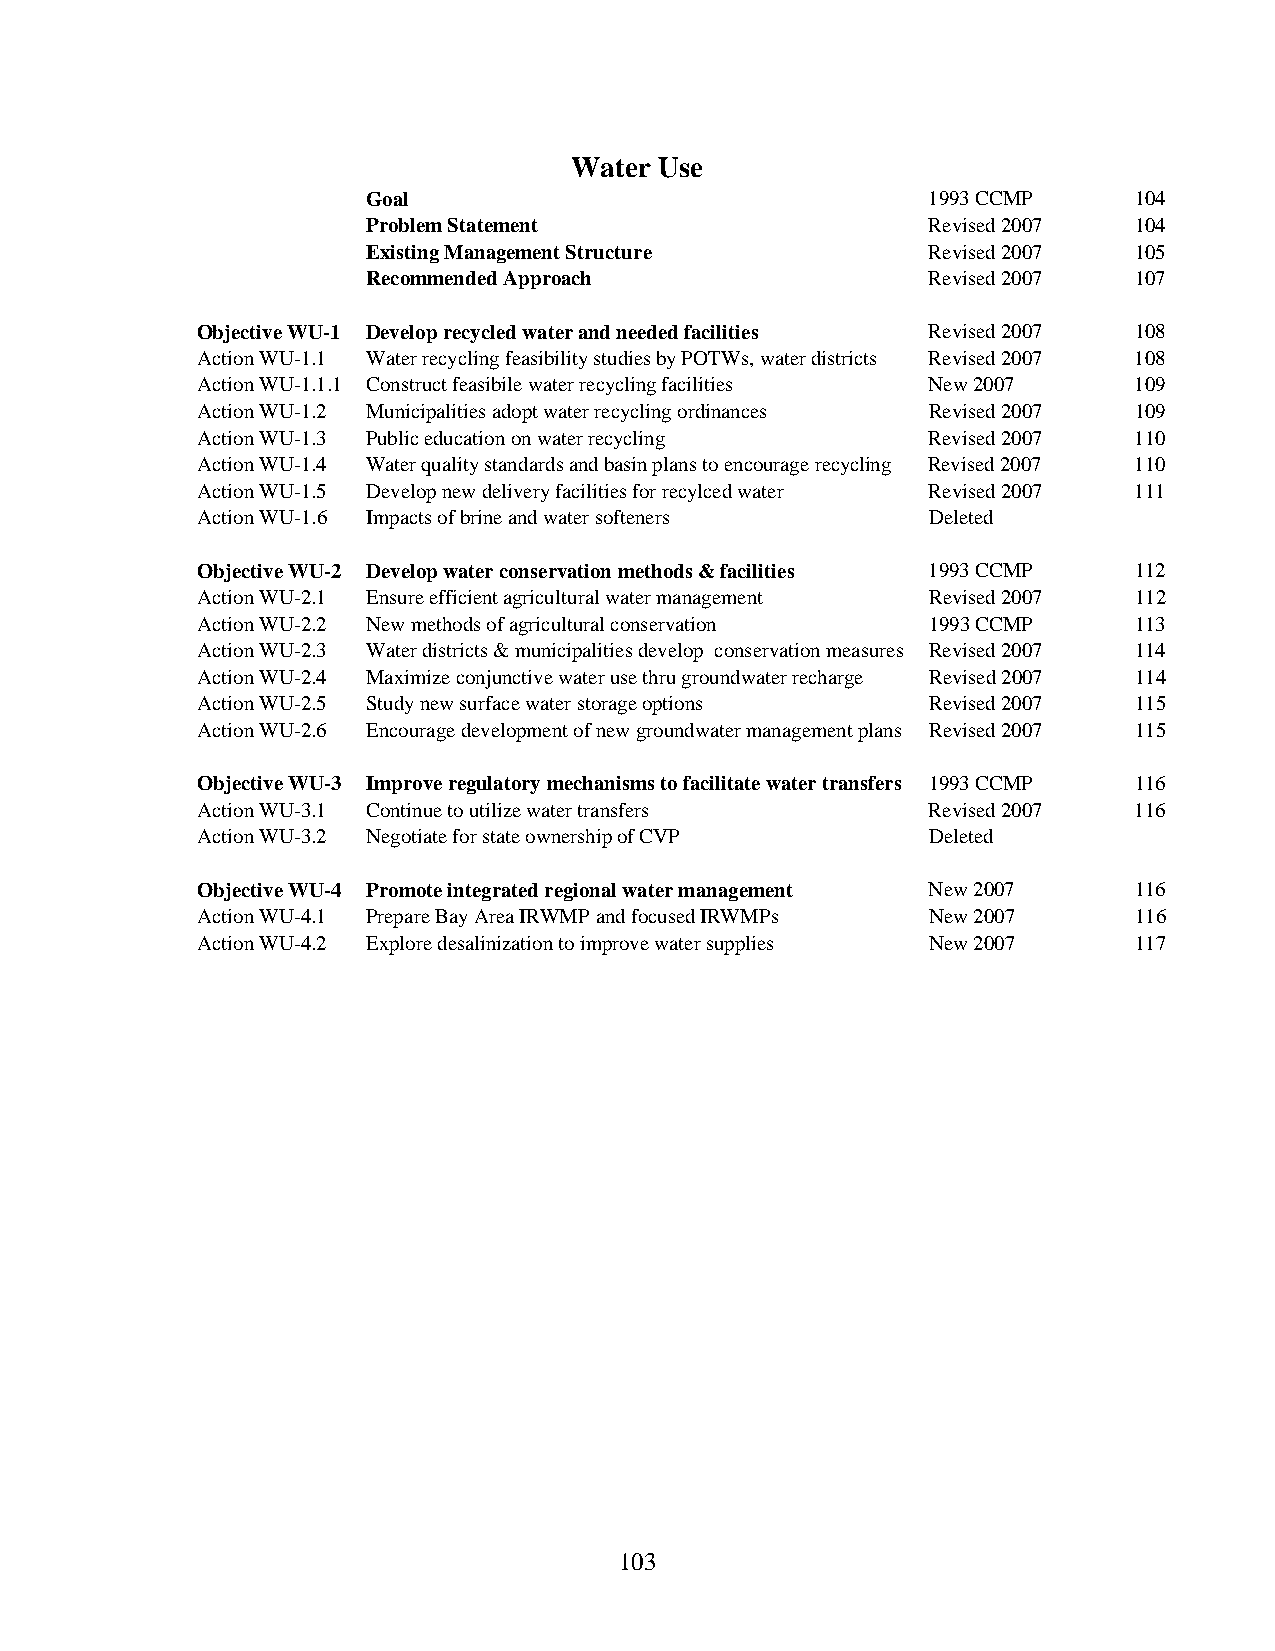
Water Use
 Goal                                 1993 CCMP     104
 Problem Statement                    Revised 2007  104
 Existing Management Structure        Revised 2007  105
 Recommended Approach                 Revised 2007  107
 Objective WU-1 Develop recycled water and needed facilities Revised 2007 108
 Action WU-1.1 Water recycling feasibility studies by POTWs, water districts Revised 2007 108
 Action WU-1.1.1 Construct feasibile water recycling facilities New 2007 109
 Action WU-1.2 Municipalities adopt water recycling ordinances Revised 2007 109
 Action WU-1.3 Public education on water recycling Revised 2007 110
 Action WU-1.4 Water quality standards and basin plans to encourage recycling Revised 2007 110
 Action WU-1.5 Develop new delivery facilities for recylced water Revised 2007 111
 Action WU-1.6 Impacts of brine and water softeners Deleted
 Objective WU-2 Develop water conservation methods & facilities 1993 CCMP 112
 Action WU-2.1 Ensure efficient agricultural water management Revised 2007 112
 Action WU-2.2 New methods of agricultural conservation 1993 CCMP 113
 Action WU-2.3 Water districts & municipalities develop conservation measures Revised 2007 114
 Action WU-2.4 Maximize conjunctive water use thru groundwater recharge Revised 2007 114
 Action WU-2.5 Study new surface water storage options Revised 2007 115
 Action WU-2.6 Encourage development of new groundwater management plans Revised 2007 115
 Objective WU-3 Improve regulatory mechanisms to facilitate water transfers 1993 CCMP 116
 Action WU-3.1 Continue to utilize water transfers Revised 2007 116
 Action WU-3.2 Negotiate for state ownership of CVP Deleted
 Objective WU-4 Promote integrated regional water management New 2007 116
 Action WU-4.1 Prepare Bay Area IRWMP and focused IRWMPs New 2007 116
 Action WU-4.2 Explore desalinization to improve water supplies New 2007 117
 103